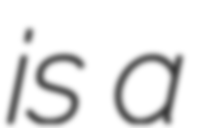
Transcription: is a